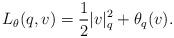
LaTeX: \begin{align*}L_\theta(q,v)= \frac{1}{2}|v|^2_q+\theta_q(v).\end{align*}